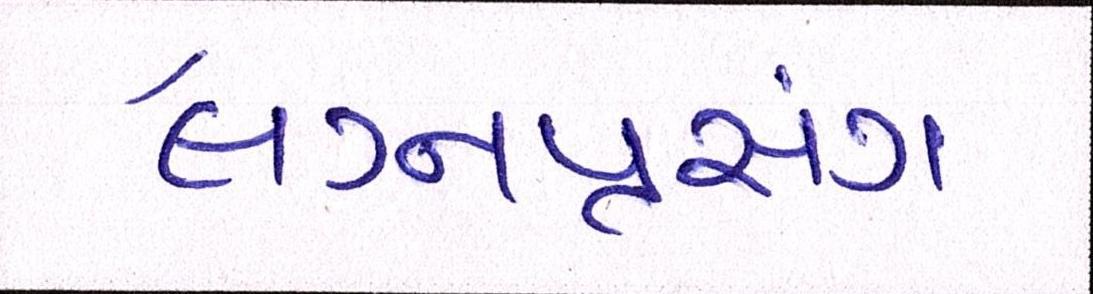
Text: લગ્નપ્રસંગ